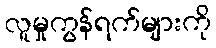
လူမှုကွန်ရက်များကို